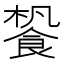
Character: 𩛳